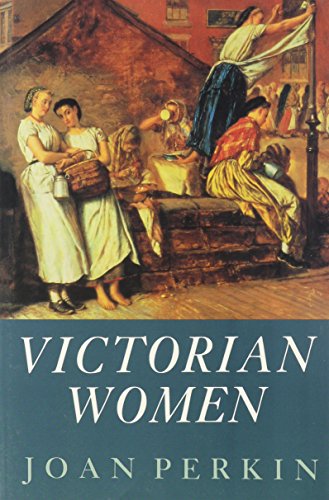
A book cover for Victorian Women; Joan Perkin; Politics & Social Sciences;